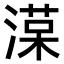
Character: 𣼑